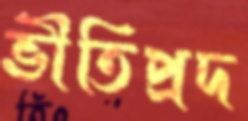
ভীতিপ্রদ